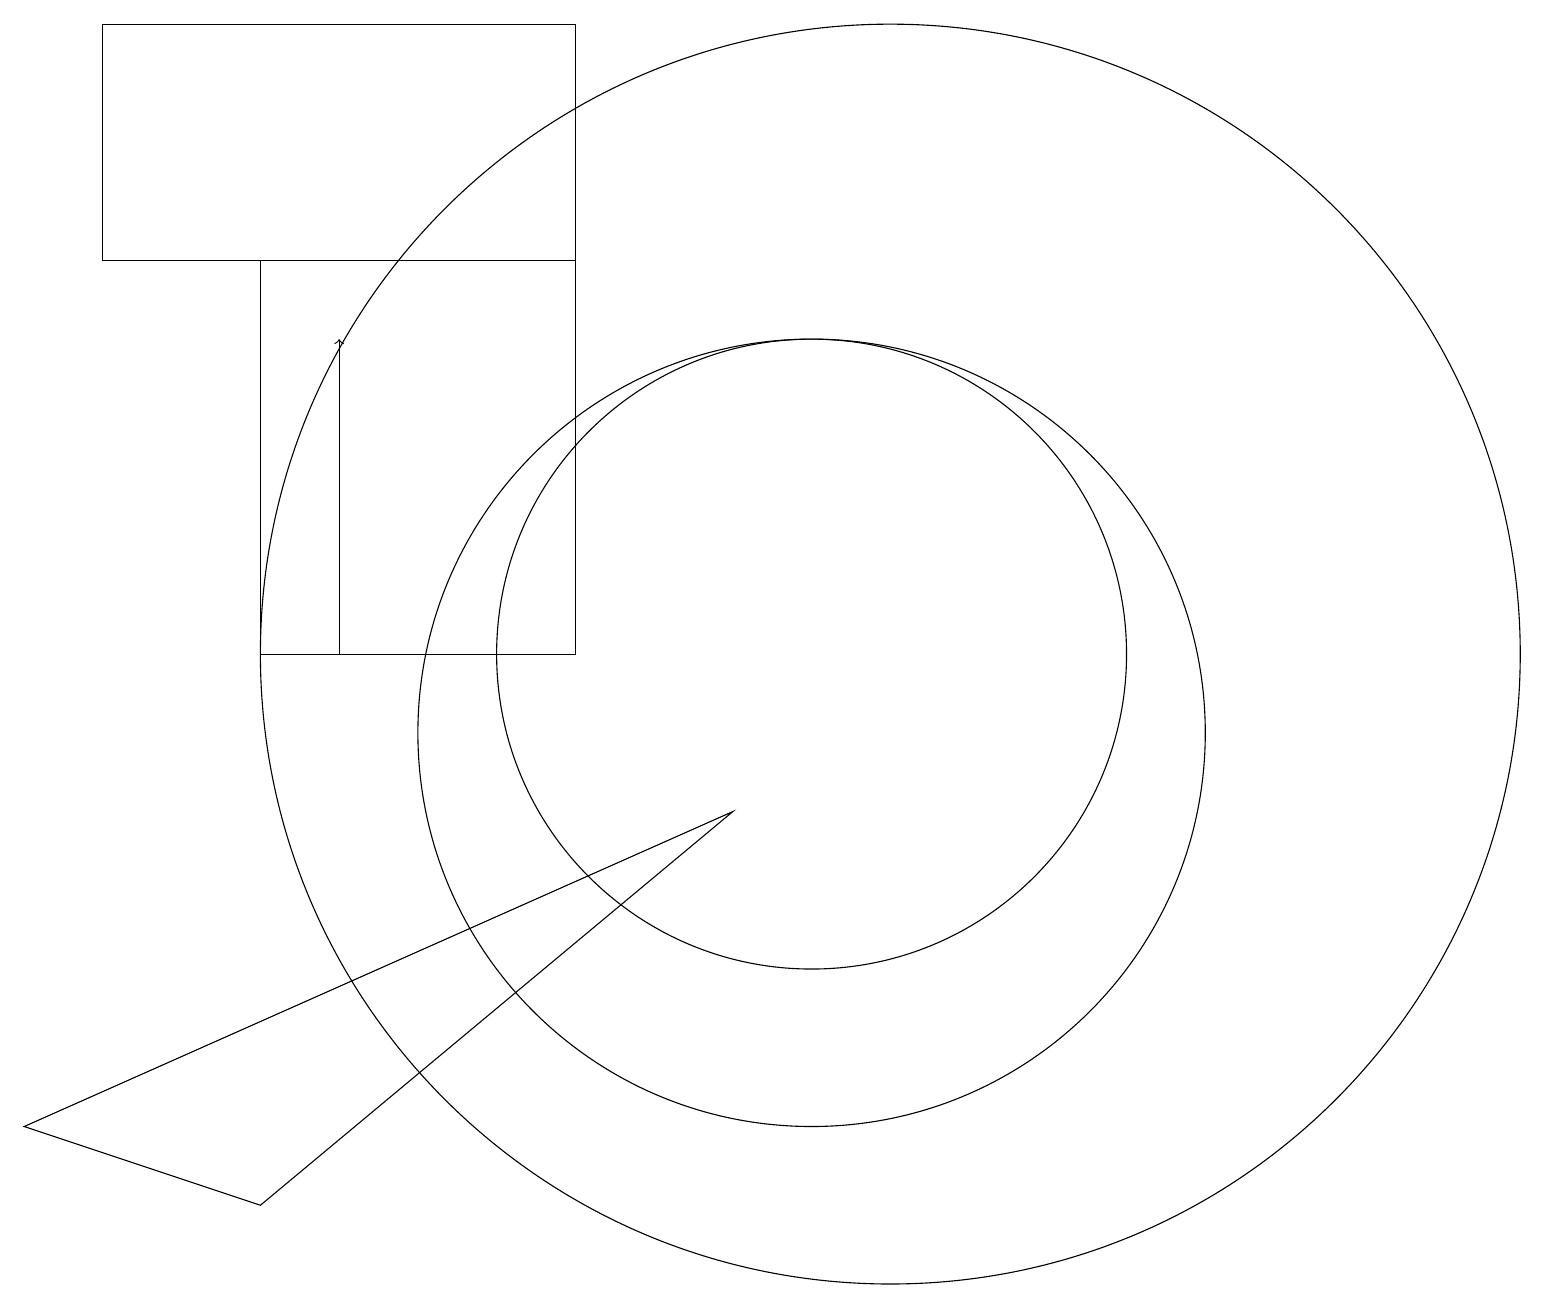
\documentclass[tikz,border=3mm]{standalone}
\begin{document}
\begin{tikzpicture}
\draw (7,16) rectangle (1,19);
\draw (10,10) circle (5);
\draw (10,11) circle (4);
\draw (3,11) rectangle (7,16);
\draw (11,11) circle (8);
\draw[->] (4,11) -- (4,15);
\draw (9,9) -- (0,5) -- (3,4) -- cycle;
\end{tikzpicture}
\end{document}